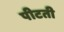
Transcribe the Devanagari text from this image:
पीटती